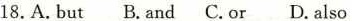
18.A. But B.and C.or D.aso